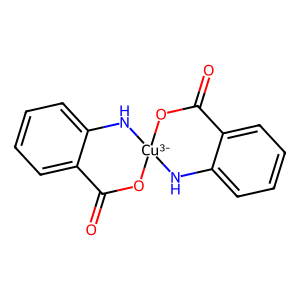
SMILES: O=C1O[Cu-3]2(Nc3ccccc31)Nc1ccccc1C(=O)O2
Inhibits HIV replication: No